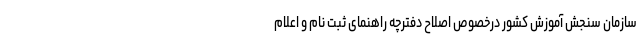
سازمان‌ سنجش‌ آموزش‌ کشور درخصوص اصلاح دفترچه راهنمای ثبت نام و اعلام